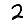
Digit: 2